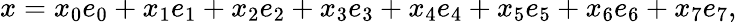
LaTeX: x=x_{0}e_{0}+x_{1}e_{1}+x_{2}e_{2}+x_{3}e_{3}+x_{4}e_{4}+x_{5}e_{5}+x_{6}e_{6}+x_{7}e_{7},